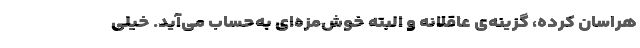
هراسان کرده، گزینه‌ی عاقلانه و البته خوش‌مزه‌ای به‌حساب می‌آید. خیلی